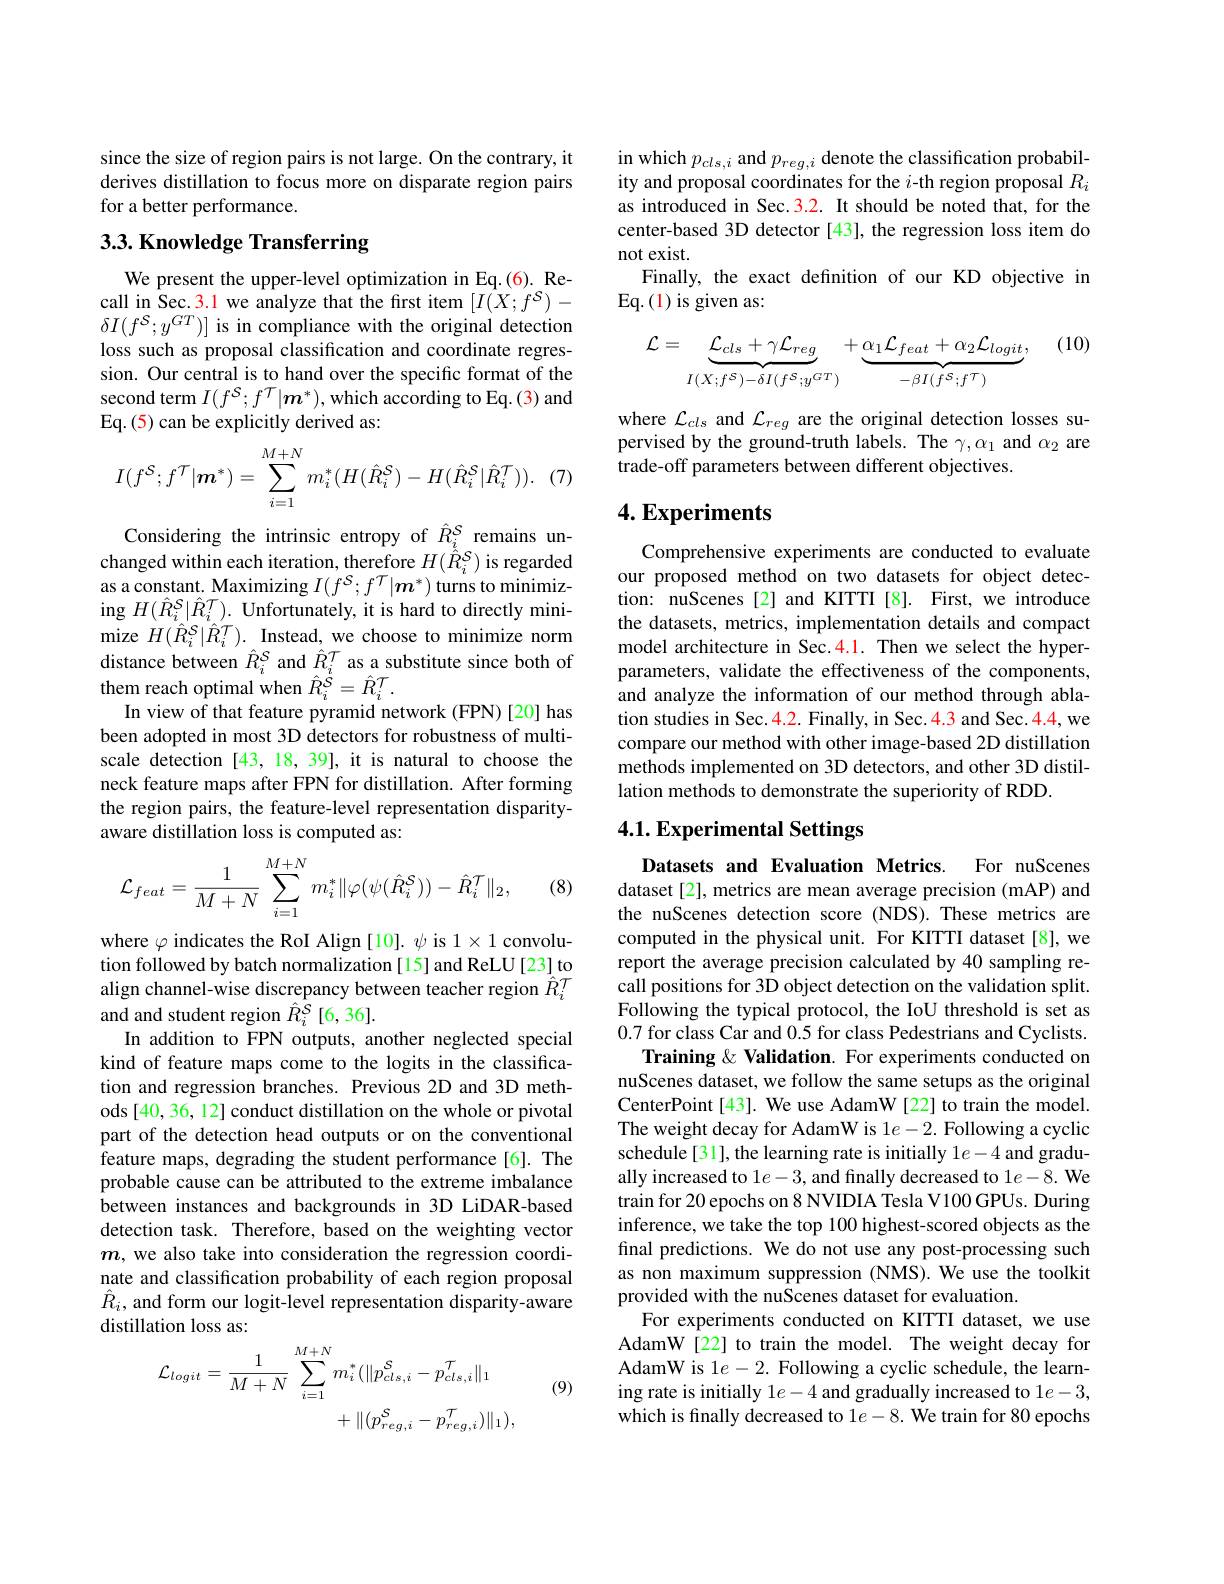
since the size of region pairs is not large. On the contrary, it derives distillation to focus more on disparate region pairs for a better performance.

# 3.3. Knowledge Transferring

We present the upper-level optimization in Eq.(6). Recall in Sec.3.1 we analyze that the first item $[I(X;f^{\mathcal{S}})-$ $\delta I(f^{\mathcal{S}};y^{GT})]$ is in compliance with the original detection loss such as proposal classification and coordinate regression. Our central is to hand over the specific format of the second term $I(f^{\mathcal{S}};f^{\mathcal{T}}|\boldsymbol{m}^{*})$, which according to Eq.(3) and Eq.(5) can be explicitly derived as:

(7
$$I(f^{\mathcal{S}};f^{\mathcal{T}}|\boldsymbol{m}^*)=\sum_{i=1}^{M+N}m_i^*(H(\hat{R}_i^{\mathcal{S}})-H(\hat{R}_i^{\mathcal{S}}|\hat{R}_i^{\mathcal{T}})).$$
Considering the intrinsic entropy of $\hat{R}_{i}^{S}$ remains unchanged within each iteration, therefore $H(\hat{\hat{R}}_{i}^{\mathcal{S}})$ is regarded as a constant. Maximizing $I(f^{\mathcal{S}};f^{\mathcal{T}}|\boldsymbol{m}^{*})$ turns to minimizing $H(\hat{R}_{i}^{\mathcal{S}}|\hat{R}_{i}^{\mathcal{T}}).$ Unfortunately, it is hard to directly minimize $H(\hat{R}_{i}^{\mathcal{S}}|\hat{R}_{i}^{\mathcal{T}}).$ Instead, we choose to minimize norm distance between $\hat{R}_{i}^{S}$ and $\hat{R}_{i}^{T}$ as a substitute since both of them reach optimal when $\hat{R}_{i}^{\hat{S}}=\hat{R}_{i}^{\mathcal{T}}.$
In view of that feature pyramid network (FPN) [20] has been adopted in most 3D detectors for robustness of multiscale detection [43, 18, 39], it is natural to choose the neck feature maps after FPN for distillation. After forming the region pairs, the feature-level representation disparityaware distillation loss is computed as:
$$\mathcal{L}_{feat}=\frac{1}{M+N}\sum_{i=1}^{M+N}m_{i}^{*}\|\varphi(\psi(\hat{R}_{i}^{\mathcal{S}}))-\hat{R}_{i}^{\mathcal{T}}\|_{2},$$
(8)

where $\varphi$ indicates the RoI Align[10]. $\psi$ is 1$\times1$ convolution followed by batch normalization[15] and ReLU[23] to align channel-wise discrepancy between teacher region $\hat{R}_i^T$ and and student region $\hat{R}_i^{\bar{S}}$ [6,36].
In addition to FPN outputs, another neglected special kind of feature maps come to the logits in the classification and regression branches. Previous 2D and 3D methods [40, 36, 12] conduct distillation on the whole or pivotal part of the detection head outputs or on the conventional feature maps, degrading the student performance[6]. The probable cause can be attributed to the extreme imbalance between instances and backgrounds in 3D LiDAR-based detection task. Therefore, based on the weighting vector $m$, we also take into consideration the regression coordinate and classification probability of each region proposal $\hat{R}_i$, and form our logit-level representation disparity-aware distillation loss as:
$$\begin{aligned}&\mathcal{L}_{logit}=\frac{1}{M+N}\sum_{i=1}^{M+N}m_{i}^{*}(\|p_{cls,i}^{\mathcal{S}}-p_{cls,i}^{\mathcal{T}}\|_{1}\\&+\|(p_{reg,i}^{\mathcal{S}}-p_{reg,i}^{\mathcal{T}})\|_{1}),\end{aligned}$$
(9)

in which $p_{cls,i}$ and $p_{reg,i}$ denote the classification probability and proposal coordinates for the $i$-th region proposal $R_i$ as introduced in Sec.3.2. It should be noted that, for the center-based 3D detector [43], the regression loss item do not exist.
Finally, the exact definition of our KD objective in
Eq.(1) is given as:

(10)
$$\mathcal{L}=\underbrace{\mathcal{L}_{cls}+\gamma\mathcal{L}_{reg}}_{I(X;f^{\mathcal{S}})-\delta I(f^{\mathcal{S}};y^{GT})}+\underbrace{\alpha_{1}\mathcal{L}_{feat}+\alpha_{2}\mathcal{L}_{logit}}_{-\beta I(f^{\mathcal{S}};f^{T})},$$
where $\mathcal{L}_{cls}$ and $\mathcal{L}_reg$ are the original detection losses supervised by the ground-truth labels. The $\gamma,\alpha_1$ and $\alpha_2$ are trade-off parameters between different objectives.

# 4. Experiments

Comprehensive experiments are conducted to evaluate our proposed method on two datasets for object detection: nuScenes[2] and KITTI [8]. First, we introduce the datasets, metrics, implementation details and compact model architecture in Sec.4.1. Then we select the hyperparameters, validate the effectiveness of the components, and analyze the information of our method through ablation studies in Sec.4.2. Finally, in Sec.4.3 and Sec.4.4, we compare our method with other image-based 2D distillation methods implemented on 3D detectors, and other 3D distillation methods to demonstrate the superiority of RDD.

# 4.1. Experimental Settings

Datasets and Evaluation Metrics. For nuScenes dataset [2], metrics are mean average precision (mAP) and the nuScenes detection score (NDS).These metrics are computed in the physical unit. For KITTI dataset[8], we report the average precision calculated by 40 sampling recall positions for 3D object detection on the validation split. Following the typical protocol, the IoU threshold is set as 0.7 for class Car and 0.5 for class Pedestrians and Cyclists.
Training & Validation. For experiments conducted on nuScenes dataset, we follow the same setups as the original CenterPoint[43]. We use AdamW[22] to train the model. The weight decay for AdamW is 1e-2. Following a cyclic schedule[31], the learning rate is initially $1e-4$ and gradually increased to $1e-3$, and finally decreased to $1e-8.$ We train for 20 epochs on 8 NVIDIA Tesla V100 GPUs. During inference, we take the top 100 highest-scored objects as the final predictions. We do not use any post-processing such as non maximum suppression (NMS). We use the toolkit provided with the nuScenes dataset for evaluation.
For experiments conducted on KITTI dataset, we use AdamW[22] to train the model. The weight decay for AdamW is 1$e-2.$ Following a cyclic schedule, the learning rate is initially $1e-4$ and gradually increased to $1e-3$, which is finally decreased to $1e-8.$ We train for 80 epochs